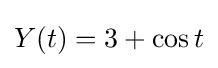
Y(t)=3+\cos t